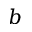
b